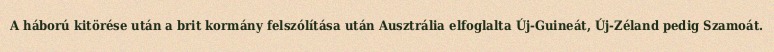
A háború kitörése után a brit kormány felszólítása után Ausztrália elfoglalta Új-Guineát, Új-Zéland pedig Szamoát.